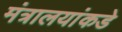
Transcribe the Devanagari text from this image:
मंत्रालयांकडे